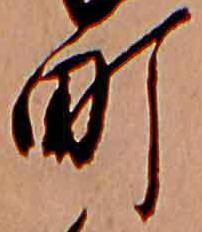
町